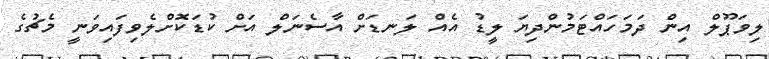
ލިވަޕޫލް އިން ދަމަހައްޓަމުންދިޔަ ލީޑު އެއް ލަނޑަށް އާސެނަލް އަށް ކުޑަކޮށްލެވިފައިވަނީ މެޗުގެ